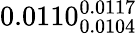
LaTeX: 0.0110_{0.0104}^{0.0117}